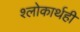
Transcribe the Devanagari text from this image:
श्लोकार्थही